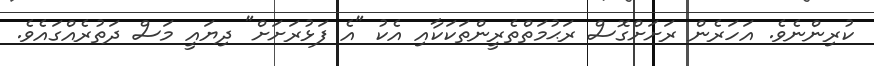
ކުރިންނެވެ. އަހަރެން ރަށަށްގޮސް ރަޙުމަތްތެރީންތަކަކާއި އެކު "އެ ފަޅުރަށަށް" ދިޔައީ މަސް ދަތުރެއްގައެވެ.